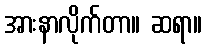
အားနာလိုက်တာ။ ဆရာ။